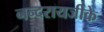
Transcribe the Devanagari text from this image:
नन्दरायजीके